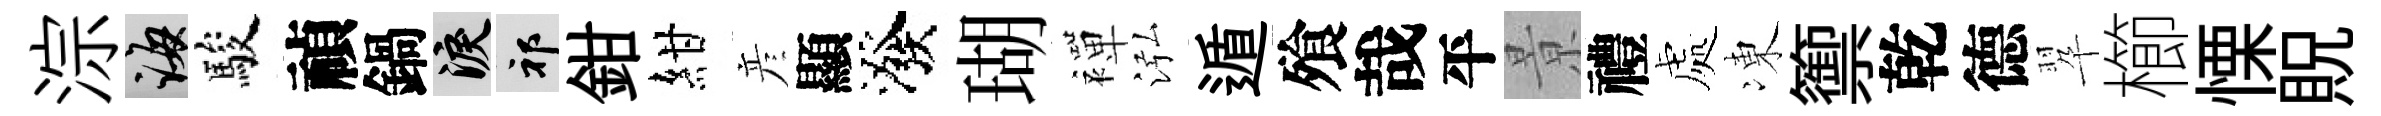
淙誨駿禎鍋泪祁鉗紺彦顯潑瑚襌泓遁飱哉平㬌禮處凍籞乾德翆櫛慄貺